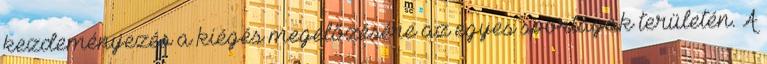
kezdeményezés a kiégés megelőzésére az egyes sportágak területén. A